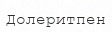
Долеритпен